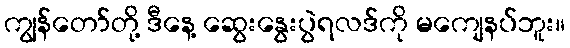
ကျွန်တော်တို့ ဒီနေ့ ဆွေးနွေးပွဲရလဒ်ကို မကျေနပ်ဘူး။